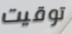
توقيت